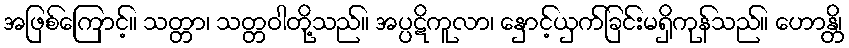
အဖြစ်ကြောင့်။ သတ္တာ၊ သတ္တဝါတို့သည်။ အပ္ပဋိကူလာ၊ နှောင့်ယှက်ခြင်းမရှိကုန်သည်။ ဟောန္တိ၊